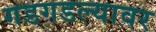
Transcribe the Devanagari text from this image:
गडगडल्यावर